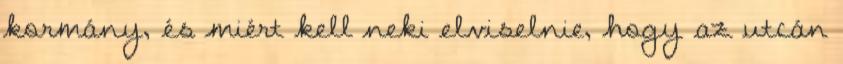
kormány, és miért kell neki elviselnie, hogy az utcán